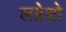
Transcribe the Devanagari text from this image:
लग्नेशो